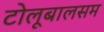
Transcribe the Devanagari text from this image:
टोलूबालसम